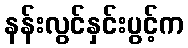
နန်းလွင်နှင်းပွင့်က